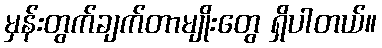
မှန်းတွက်ချက်တာမျိုးတွေ ရှိပါတယ်။